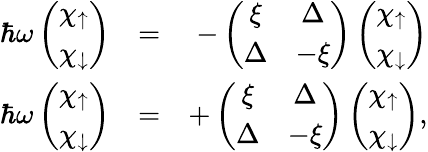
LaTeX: \begin{array}{rlr}{\hbar\omega\left(\begin{array}{c}{\chi_{\uparrow}}\\ {\chi_{\downarrow}}\end{array}\right)}&{=}&{-\left(\begin{array}{cc}{\xi}&{\Delta}\\ {\Delta}&{-\xi}\end{array}\right)\left(\begin{array}{c}{\chi_{\uparrow}}\\ {\chi_{\downarrow}}\end{array}\right)}\\ {\hbar\omega\left(\begin{array}{c}{\chi_{\uparrow}}\\ {\chi_{\downarrow}}\end{array}\right)}&{=}&{+\left(\begin{array}{cc}{\xi}&{\Delta}\\ {\Delta}&{-\xi}\end{array}\right)\left(\begin{array}{c}{\chi_{\uparrow}}\\ {\chi_{\downarrow}}\end{array}\right),}\end{array}